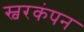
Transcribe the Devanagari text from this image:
स्वरकंपन